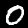
Label: 0